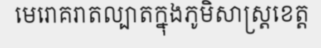
មេរោគរាតល្បាតក្នុងភូមិសាស្ត្រខេត្ត